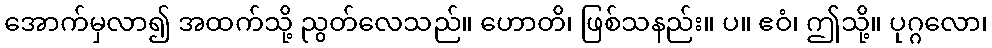
အောက်မှလာ၍ အထက်သို့ ညွတ်လေသည်။ ဟောတိ၊ ဖြစ်သနည်း။ ပ။ ဧဝံ၊ ဤသို့။ ပုဂ္ဂလော၊